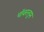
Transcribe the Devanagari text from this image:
पॉवरलूम